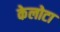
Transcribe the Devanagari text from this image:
केलोटा